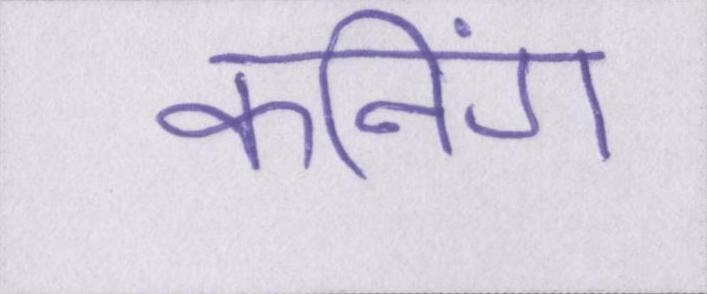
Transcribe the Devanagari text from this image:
कनिंग